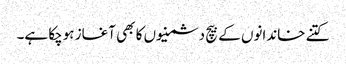
کتنے خاندانوں کے بیچ دشمنیوں کا بھی آغاز ہوچکا ہے۔